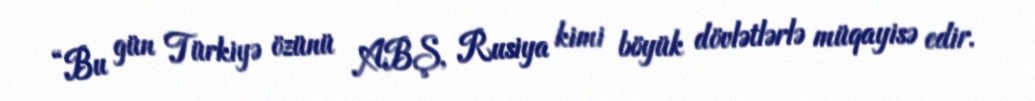
“Bu gün Türkiyə özünü ABŞ, Rusiya kimi böyük dövlətlərlə müqayisə edir.